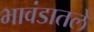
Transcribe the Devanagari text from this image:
भावंडातले